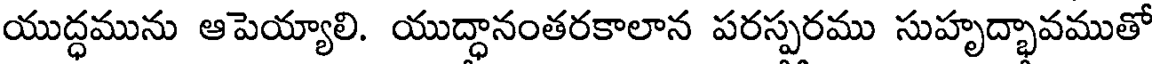
యుద్ధమును ఆపెయ్యాలి. యుద్ధానంతరకాలాన పరస్పరము సుహృద్భావముతో